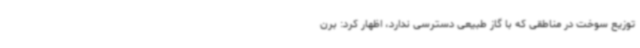
توزیع سوخت در مناطقی که با گاز طبیعی دسترسی ندارد، اظهار کرد: برن